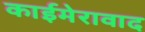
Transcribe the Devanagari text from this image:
काईमेरावाद